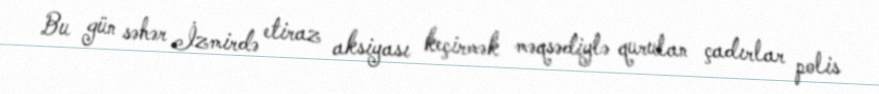
Bu gün səhər İzmirdə etiraz aksiyası keçirmək məqsədiylə qurulan çadırlar polis